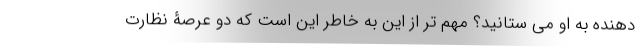
دهنده به او می ستانید؟ مهم تر از این به خاطر این است که دو عرصۀ نظارت